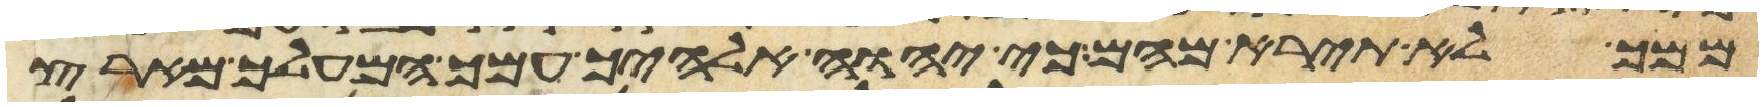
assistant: ממך לא תירא מהם כי יהוה אלהיך עמך המעלך מארץ